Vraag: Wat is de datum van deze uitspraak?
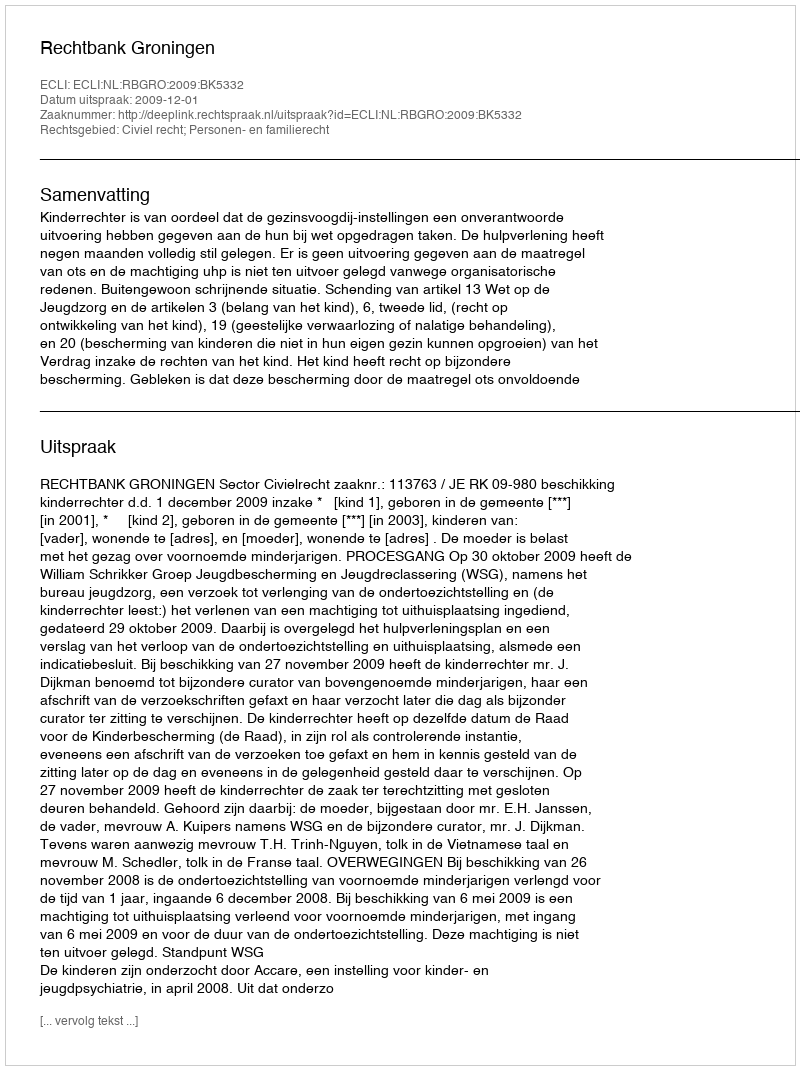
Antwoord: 2009-12-01